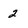
Character: 2